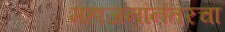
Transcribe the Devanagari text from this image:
महाजनांनंतरचा